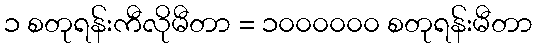
၁ စတုရန်းကီလိုမီတာ = ၁၀၀၀၀၀၀ စတုရန်းမီတာ